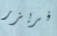
فريزر